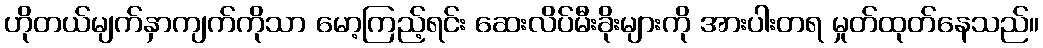
ဟိုတယ်မျက်နှာကျက်ကိုသာ မော့ကြည့်ရင်း ဆေးလိပ်မီးခိုးများကို အားပါးတရ မှုတ်ထုတ်နေသည်။